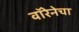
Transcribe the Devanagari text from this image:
वॉरेनेचा